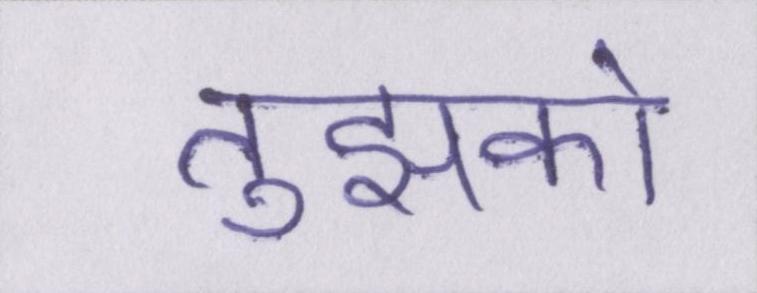
तुझको